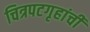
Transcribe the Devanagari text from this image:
चित्रपटगृहांची